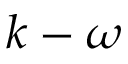
k - \omega